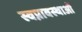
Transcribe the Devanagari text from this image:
स्वप्नावस्थाओं